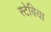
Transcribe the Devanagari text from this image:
स्टेबिया